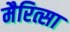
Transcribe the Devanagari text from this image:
मैरित्सा